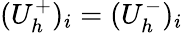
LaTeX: (U_{h}^{+})_{i}=(U_{h}^{-})_{i}